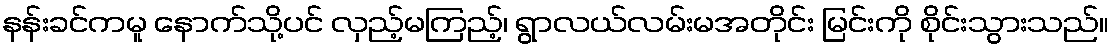
နန်းခင်ကမူ နောက်သို့ပင် လှည့်မကြည့်၊ ရွာလယ်လမ်းမအတိုင်း မြင်းကို စိုင်းသွားသည်။